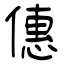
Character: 僡